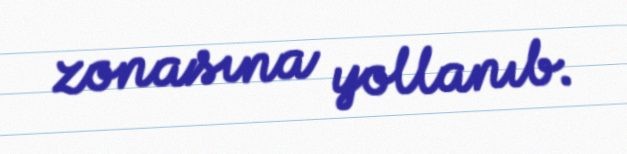
zonasına yollanıb.